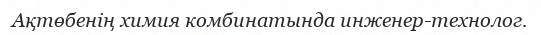
Ақтөбенің химия комбинатында инженер-технолог.